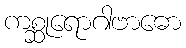
ကစ္ဆုရောဂါဗာဓော